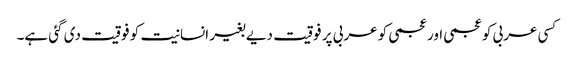
کسی عربی کو عجمی اور عجمی کو عربی پر فوقیت دیے بغیر انسانیت کو فوقیت دی گئی ہے۔